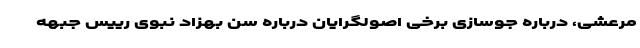
مرعشی، درباره جوسازی برخی اصولگرایان درباره سن بهزاد نبوی رییس جبهه